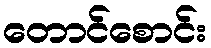
တောင်စောင်း